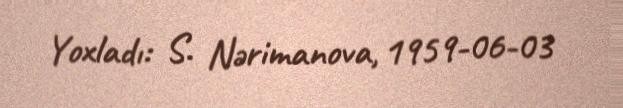
Yoxladı: S. Nərimanova, 1959-06-03